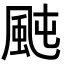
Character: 𩖤